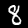
Label: 8